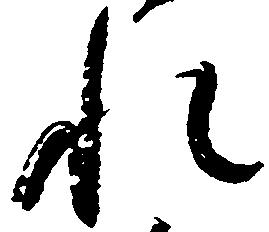
れ